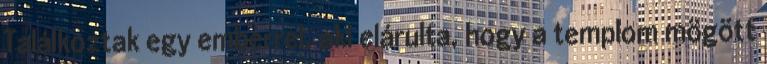
Találkoztak egy emberrel, aki elárulta, hogy a templom mögött